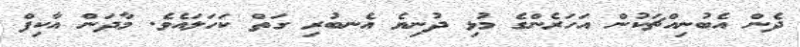
ދެން އެބުނިއްޗަކުން އަހަރެންގެ މުޅި ދުނިޔެ އެނބުރި ގަތް ކަހަލައެވެ. މާދަން އާކިފް